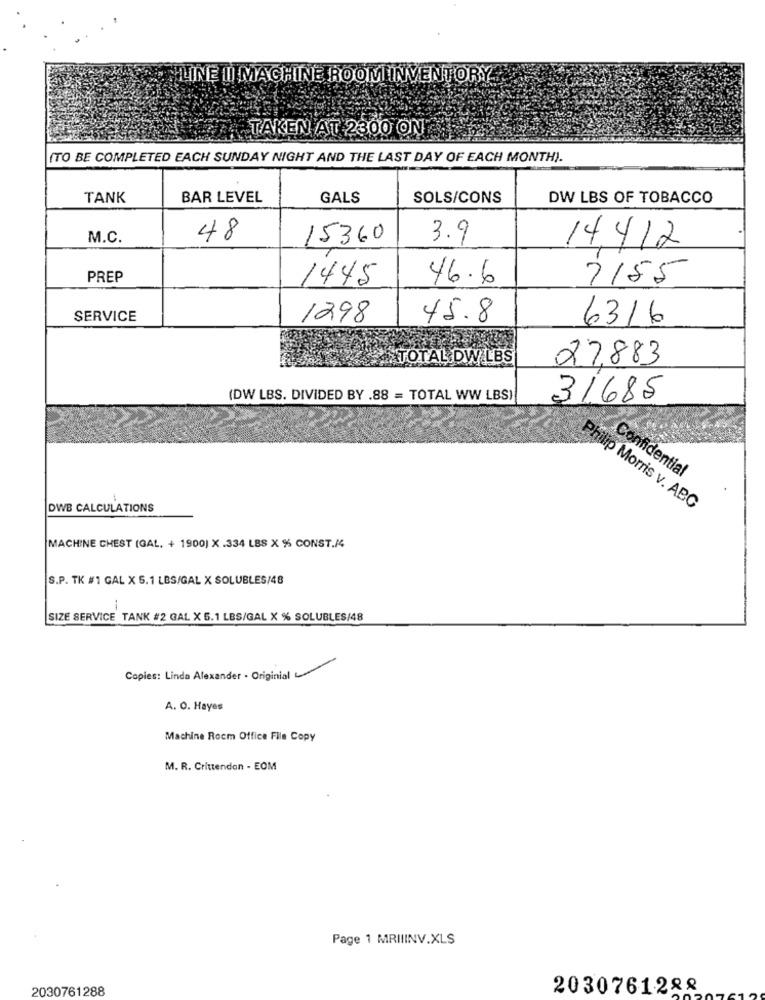
MLINE II MACHINE ROOM INVENTORY
TAKEN AT 2300 ON:
(TO BE COMPLETED EACH SUNDAY NIGHT AND THE LAST DAY OF EACH MONTH).
TANK
BAR LEVEL
GALS
SOLS/CONS
DW LBS OF TOBACCO
M.C.
48
15360
3.9
14,412
PREP
1445
46.6
7155
SERVICE
45.8
6316
1298
TOTAL DW LBS
27,883
(DW LBS. DIVIDED BY .88 = TOTAL WW LBS)
31685
Confidential
DWB CALCULATIONS
Philip Morris v. ABC
MACHINE CHEST (GAL. + 1900) X .334 LBS X % CONST./4
S.P. TK #1 GAL X 6.1 LBS/GAL X SOLUBLES/48
SIZE SERVICE TANK #2 GAL X 5.1 LBS/GAL X % SOLUBLES/48
Copies: Linda Alexander . Originial
A. O. Hayes
Machine Rocm Office File Copy
M. R. Crittenden - EOM
Page 1 MRIIINV.XLS
2030761288
2030761288